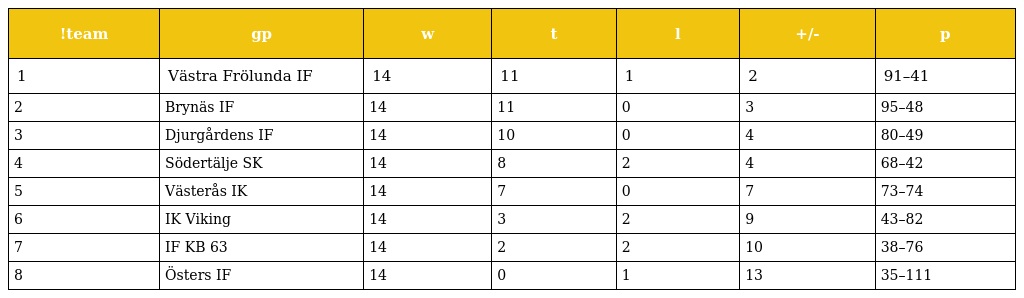
| !team | gp | w | t | l | +/- | p |
 | --- | --- | --- | --- | --- | --- | --- |
 | 1 | Västra Frölunda IF | 14 | 11 | 1 | 2 | 91–41 |
 | 2 | Brynäs IF | 14 | 11 | 0 | 3 | 95–48 |
 | 3 | Djurgårdens IF | 14 | 10 | 0 | 4 | 80–49 |
 | 4 | Södertälje SK | 14 | 8 | 2 | 4 | 68–42 |
 | 5 | Västerås IK | 14 | 7 | 0 | 7 | 73–74 |
 | 6 | IK Viking | 14 | 3 | 2 | 9 | 43–82 |
 | 7 | IF KB 63 | 14 | 2 | 2 | 10 | 38–76 |
 | 8 | Östers IF | 14 | 0 | 1 | 13 | 35–111 |